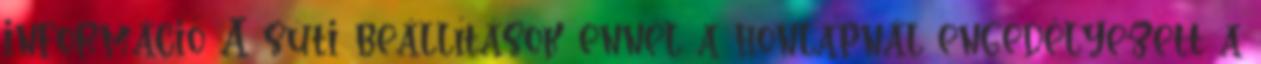
információ A süti beállítások ennél a honlapnál engedélyezett a